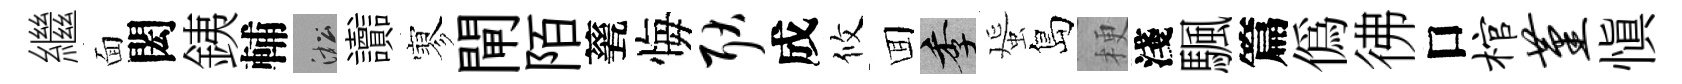
繼面閎銕輔淞讟寥閘陌甆悔耿成攸囬季蜑島梗淺颿篇偽彿口棺堇慎